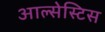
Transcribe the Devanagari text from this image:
आल्सेस्टिस